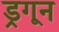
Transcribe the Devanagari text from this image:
ड्रगून